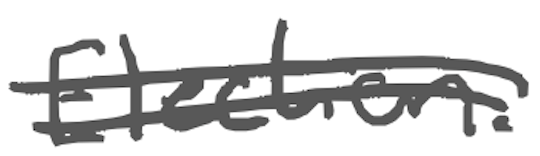
Text: Election.
Cross-out: double-line
Writing tool: digital_gray